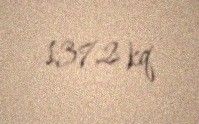
137,2 kq